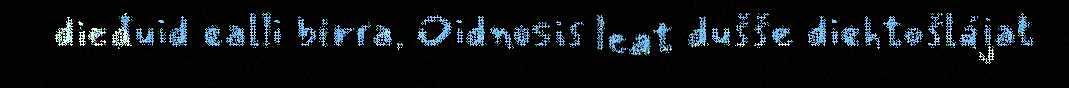
dieđuid ealli birra. Oidnosis leat dušše diehtošlájat